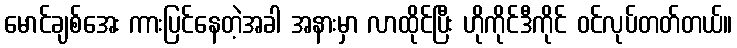
မောင်ချစ်အေး ကားပြင်နေတဲ့အခါ အနားမှာ လာထိုင်ပြီး ဟိုကိုင်ဒီကိုင် ဝင်လုပ်တတ်တယ်။